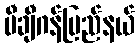
မီချီဂန်ပြည်နယ်